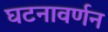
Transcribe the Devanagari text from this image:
घटनावर्णन